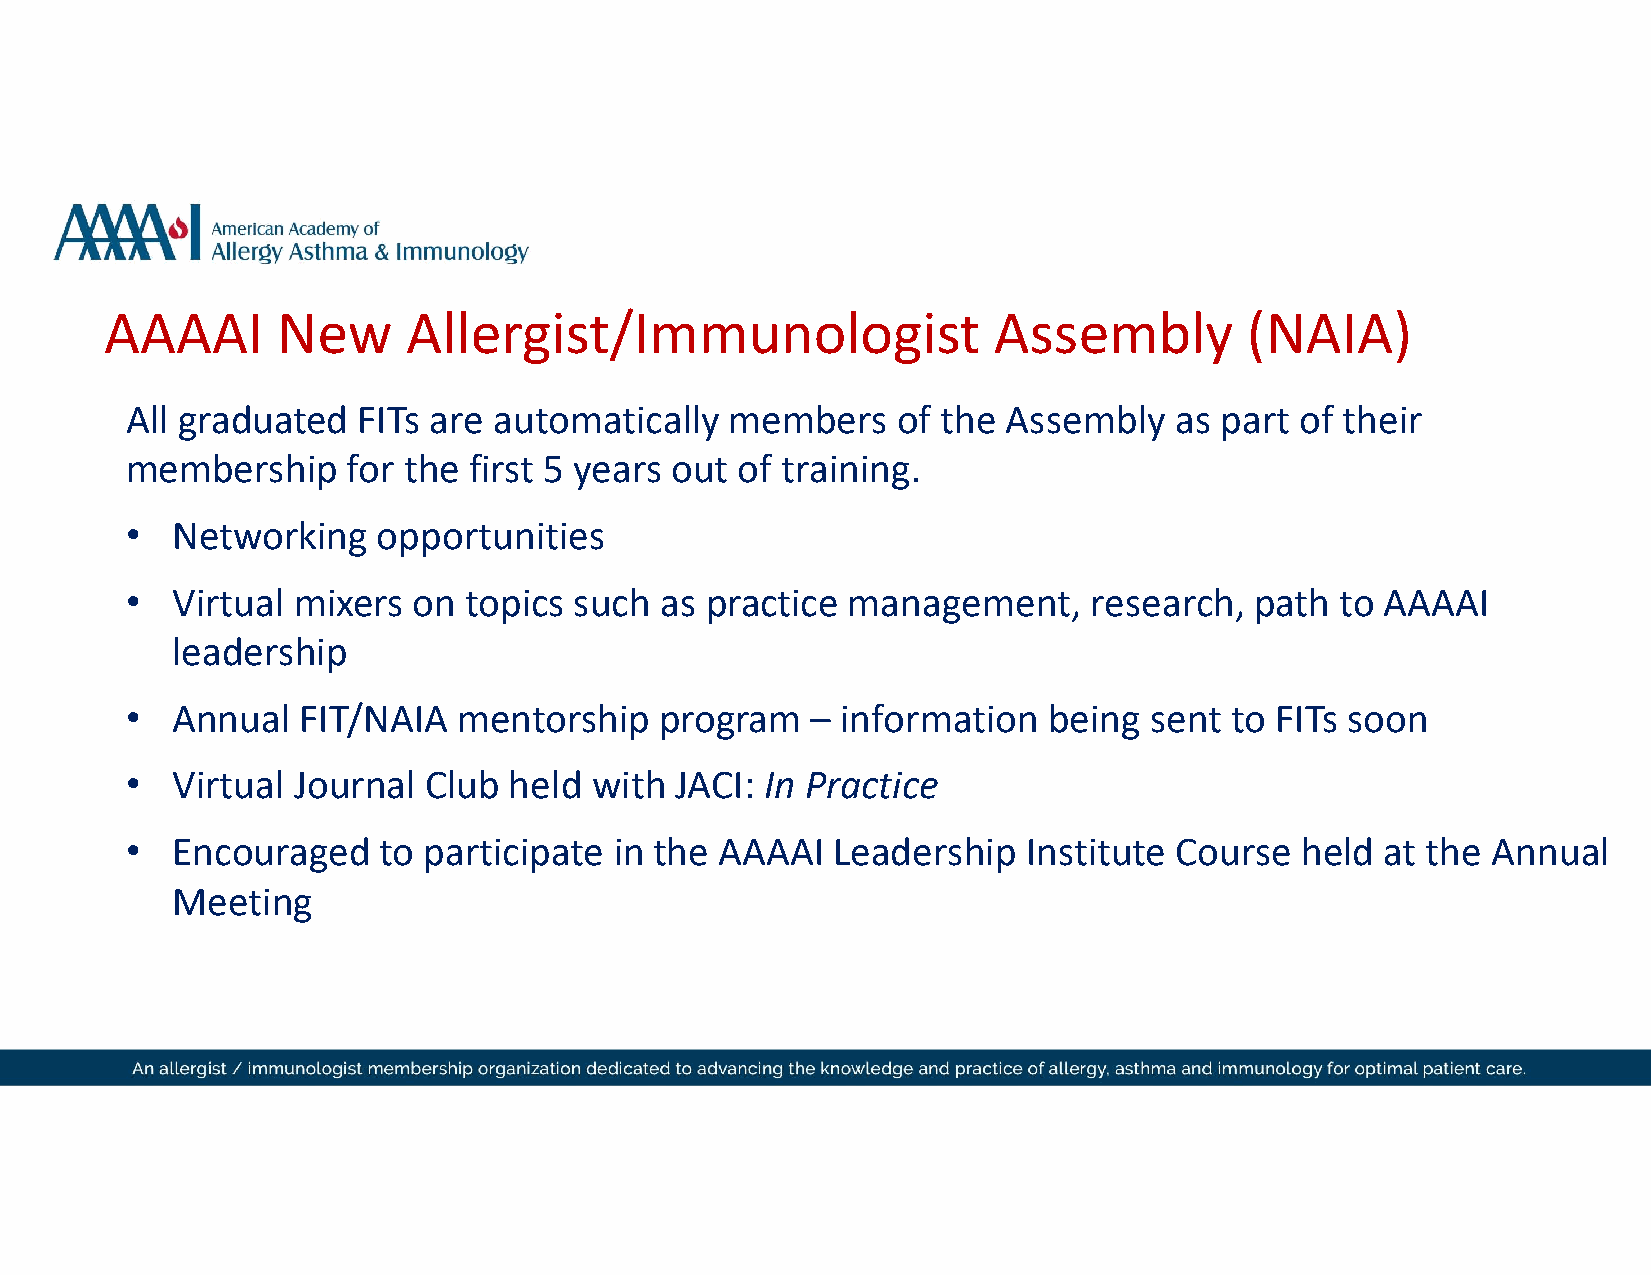
AAAAI      New      Allergist/Immunologist                 Assembly        (NAIA)
 All graduated   FITs are automatically  members    of the  Assembly   as part of their
 membership     for the first 5 years out of training.
 •  Networking    opportunities
 •  Virtual mixers  on  topics such  as practice management,     research,  path  to AAAAI
 leadership
 •  Annual   FIT/NAIA  mentorship    program   – information  being  sent to FITs soon
 •  Virtual Journal  Club  held with  JACI: In Practice
 •  Encouraged    to participate  in the AAAAI  Leadership   Institute Course  held  at the Annual
 Meeting